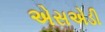
એસએડી